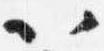
以